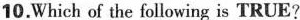
10.Which of the following is TRUE?